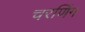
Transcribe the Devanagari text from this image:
चरणिंग